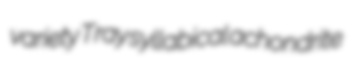
variety Tray syllabical achondrite